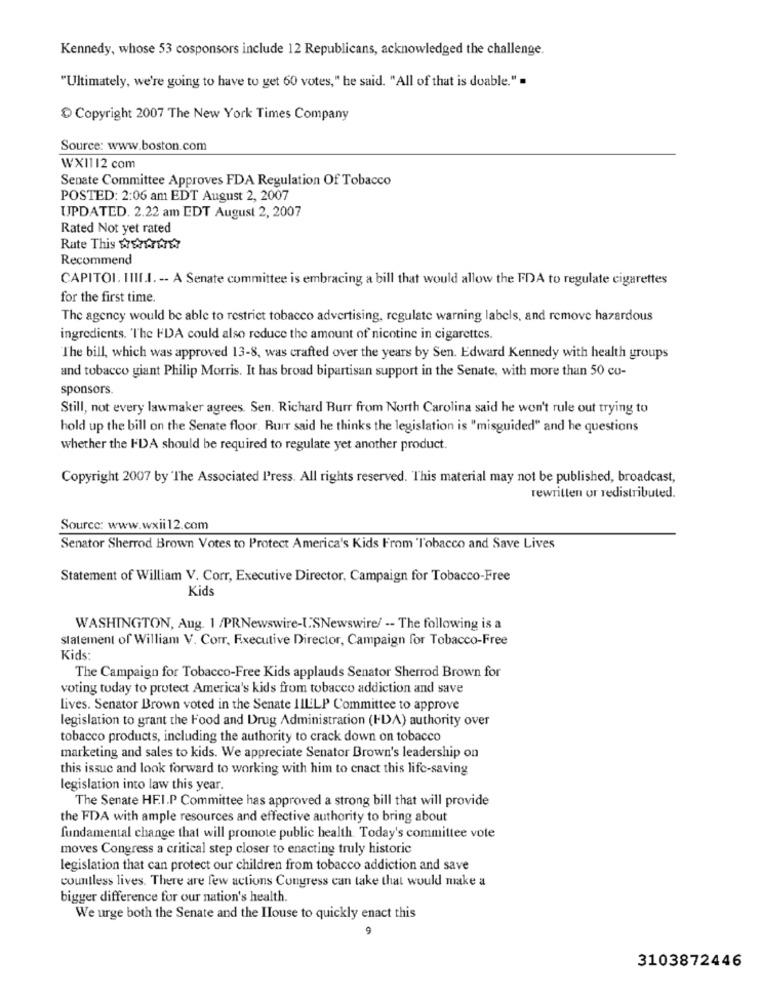
Kennedy, whose 53 cosponsors include 12 Republicans, acknowledged the challenge.
"Ultimately, we're going to have to get 60 votes," he said. "All of that is doable." =
Copyright 2007 The New York Times Company
Source: www.boston.com
WX1112 com
Senate Committee Approves FDA Regulation Of Tobacco
POSTED: 2:06 am EDT August 2, 2007
UPDATED. 2.22 am EDT August 2, 2007
Rated Not yet rated
Rate This $7$x171727
Recommend
CAPITOL. IIII.I. -- A Senate committee is embracing a bill that would allow the FDA to regulate cigarettes
for the first time.
The agency would be able to restrict tobacco advertising, regulate warning labels, and remove hazardous
ingredients. "The FDA could also reduce the amount of nicotine in cigarettes.
The bill, which was approved 13-8, was crafted over the years by Sen. Edward Kennedy with health groups
and tobacco giant Philip Morris. It has broad bipartisan support in the Senate, with more than 50 cu-
sponsors.
Still, not every lawmaker agrees. Sen. Richard Burr from North Carolina said he won't rule out trying to
hold up the bill on the Senate floor. Buir said he thinks the legislation is "misguided" and he questions
whether the FDA should be required to regulate yet another product.
Copyright 2007 by The Associated I'ress. All rights reserved. This material may not be published, broadcast,
rewritten or redistributed.
Source: www.wxii12.com
Senator Sherrod Brown Votes to Protect America's Kids From 'Tobacco and Save Lives
Statement of William V. Corr, Executive Director, Campaign for Tobacco-Free
Kids
WASHINGTON, Aug. 1 /PRNewswire-L'SNewswire/ -- The following is a
statement of William V. Corr, Executive Director, Campaign for Tobacco-Free
Kids:
The Campaign for Tobacco-Free Kids applauds Senator Sherrod Brown for
voting today to protect America's kids from tobacco addiction and save
lives. Senator Brown voted in the Senate IILLP Committee to approve
legislation to grant the Food and Drug Administration (FDA) authority over
tobacco products, including the authority to crack down on tobacco
marketing and sales to kids. We appreciate Senator Brown's leadership on
this issue and look forward to working with him to enact this life-saving
legislation into law this year.
The Senate HE.I.P Committee has approved a strong bill that will provide
the FDA with ample resources and effective authority to bring about
fundamental change that will promote public health. Today's committee vote
moves Congress a critical step closer to enacting truly historic
legislation that can protect our children from tobacco addiction and save
countless lives. There are few actions Congress can take that would make a
bigger difference for our nation's health.
We urge both the Senate and the House to quickly enact this
9
3103872446